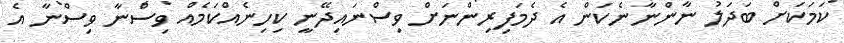
ކަމަކަށް ބަދަލު ނާންނާނެކަން އެ ދެމަފިރިންނަށް ވިސްނައިދޭނީ ކިހިނެއްކަމެއް ވިސްނާ ވިސްނާ އެ